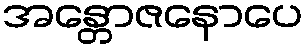
အန္တောဇနောပေ